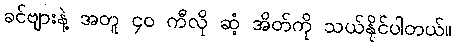
ခင်ဗျားနဲ့ အတူ ၄၀ ကီလို ဆံ့ အိတ်ကို သယ်နိုင်ပါတယ်။